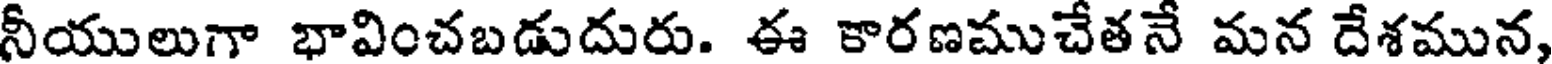
నీయులుగా భావించబడుదురు. ఈ కారణముచేతనే మన దేశమున,